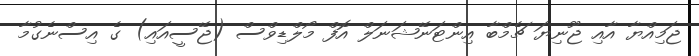
ޖަމިއްޔާ އާއި ޖޫނިޔަ ޗެމްބާ އިންޓަނޭޝަނަލް އޮފް މޯލްޑިވްސް (ޖޭސީއައި) ގެ އިސްނެގުމާ